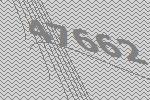
47662